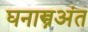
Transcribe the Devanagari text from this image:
घनास्त्रअंत